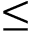
\leq